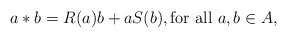
\begin{align*}a*b = R(a)b+aS(b), \mbox{for all $a,b\in A$,}\end{align*}